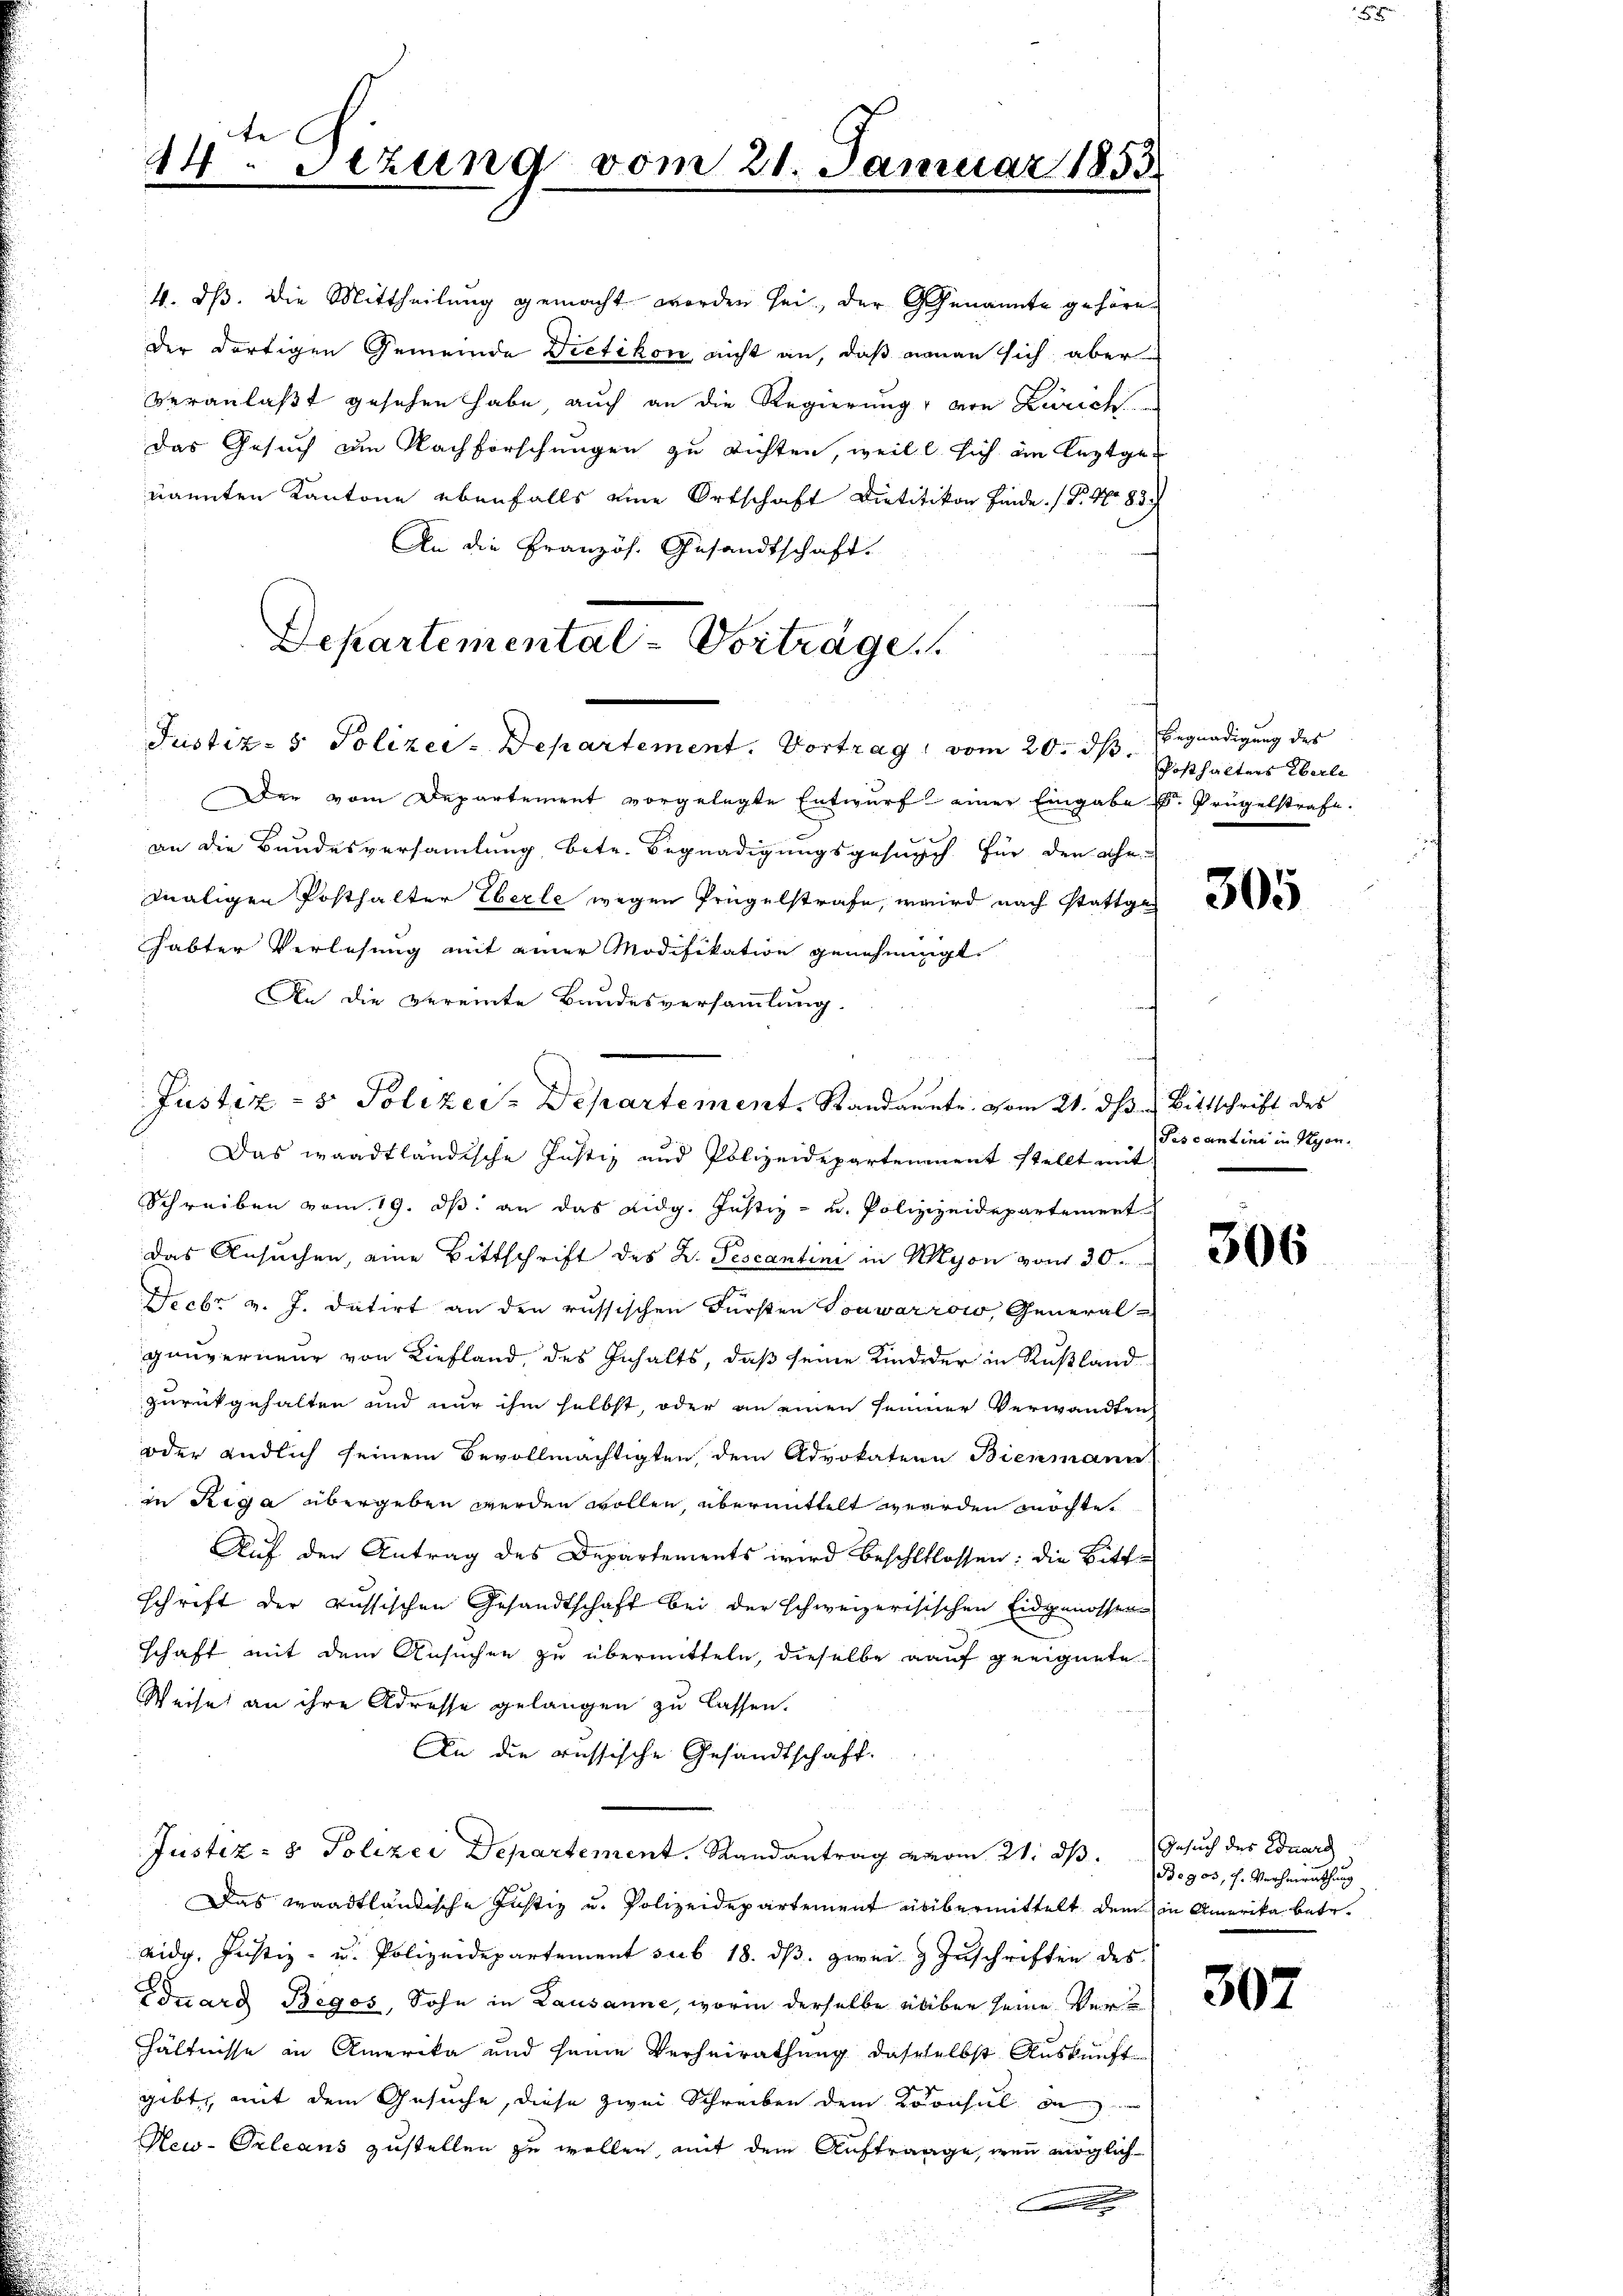
te
24. Jezund vom 21. Januar 1853.

4. dß. Die Mittheilung gemacht worden sei, der Genannte gehöre
der dortigen Gemeinde Dietikon nicht an, daß einan sich aber
veranlaßt gesehen habe, auch an die Regierung von Zürich
Das Gesuch am Nachforschungen zu richten, weil sich ein leztgenannten Kantone ebenfalls eine Ortschaft Dietitikon finde. (T. No 83
An die Französ. Gesandtschaft.
Departemental-Vortrage

Justiz- & Polizei- Departement. Vortrag vom 20. ds.

Der vom Departement vorgelegte Entwurf einer Eingabe . Prügelstrafe.
an die Bundesversammlung betr. Begnadigungsgesuch für den Ehe-
maligen Posthalter Eberle wegen Prügelstrafe, wird nach stattgehabter Verlesung mit einer Modifikation genehmigt.
An die vereinte Bandesversammlung.
 Das waadtländische Justiz und Polizeidepartennent stellt mit
Schreiben vom 19. ds. an das Eidg. Justiz- u. Polizizeidepartement
das Ansuchen, eine Bittschrift des K. Pescantini in Nyon vom 30.
Decbr v. J. datirt an den russischen Fürsten Touwarrow, General-
gunverneur von Liefland, des Inhalts, daß seine Kindeder in Rußland
zurückgehalten und nur ihm selbst, oder an einen seiner Verwandten
oder endlich seinem Bevollmächtigten dem Advokatern Bienmann
in Regia übergeben werden wollen, übermittelt werden möchte.
Auf den Antrag des Departements wird beschlflossen: die Bitt
schrift der russischen Gesandtschaft bei der schweizerisischen Eidgenossen
schaft mit dem Ansuchen zu übermitteln, dieselbe auf geeignete
Weise an ihre Adresse gelangen zu lassen.
An die russische Gesandtschaft.
Justiz- & Polizei Departement. Randantrag vom 21. ds. Gesuch des Eduard
Das Waadtländische Justiz u. Polizeidepartement übermittelt dem in Amerika betr.
eidg. Justiz- u. Polizeidepartement sub 18. ds. zwei & Zuschriften des
Eduard Begos, Sohn in Lausanne, worin derselbe über seine Verhältnisse in Amerika und seine Verheirathung dasselbst Auskunft
gibt, mit dem Gesuche, diese zwei Schreiben dem Konsul
New-Orleans zustellen zu wollen, mit dem Auftrage, wenn möglich
.

Justiz- & Polizei-Departement. Standametr. vom 21. dß. Bittschrift des

Begnadigung des
Posthalters Eberle

305

Piscantine in Nyon.

306

Bogos, s. Verheirathung

307